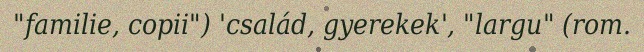
"familie, copii") 'család, gyerekek', "largu" (rom.